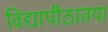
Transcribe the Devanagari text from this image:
विद्यापीठातया